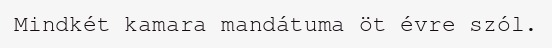
Mindkét kamara mandátuma öt évre szól.